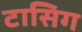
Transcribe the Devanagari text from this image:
टासिग